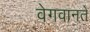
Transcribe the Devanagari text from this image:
वेगवानते